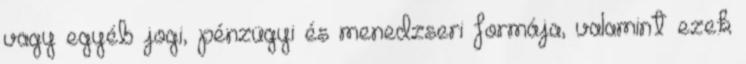
vagy egyéb jogi, pénzügyi és menedzseri formája, valamint ezek